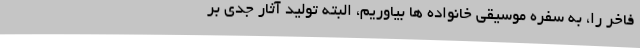
فاخر را، به سفره موسیقی خانواده ها بیاوریم، البته تولید آثار جدی بر